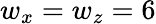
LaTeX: w_{x}=w_{z}=6